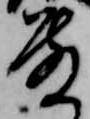
殿